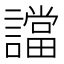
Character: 譡